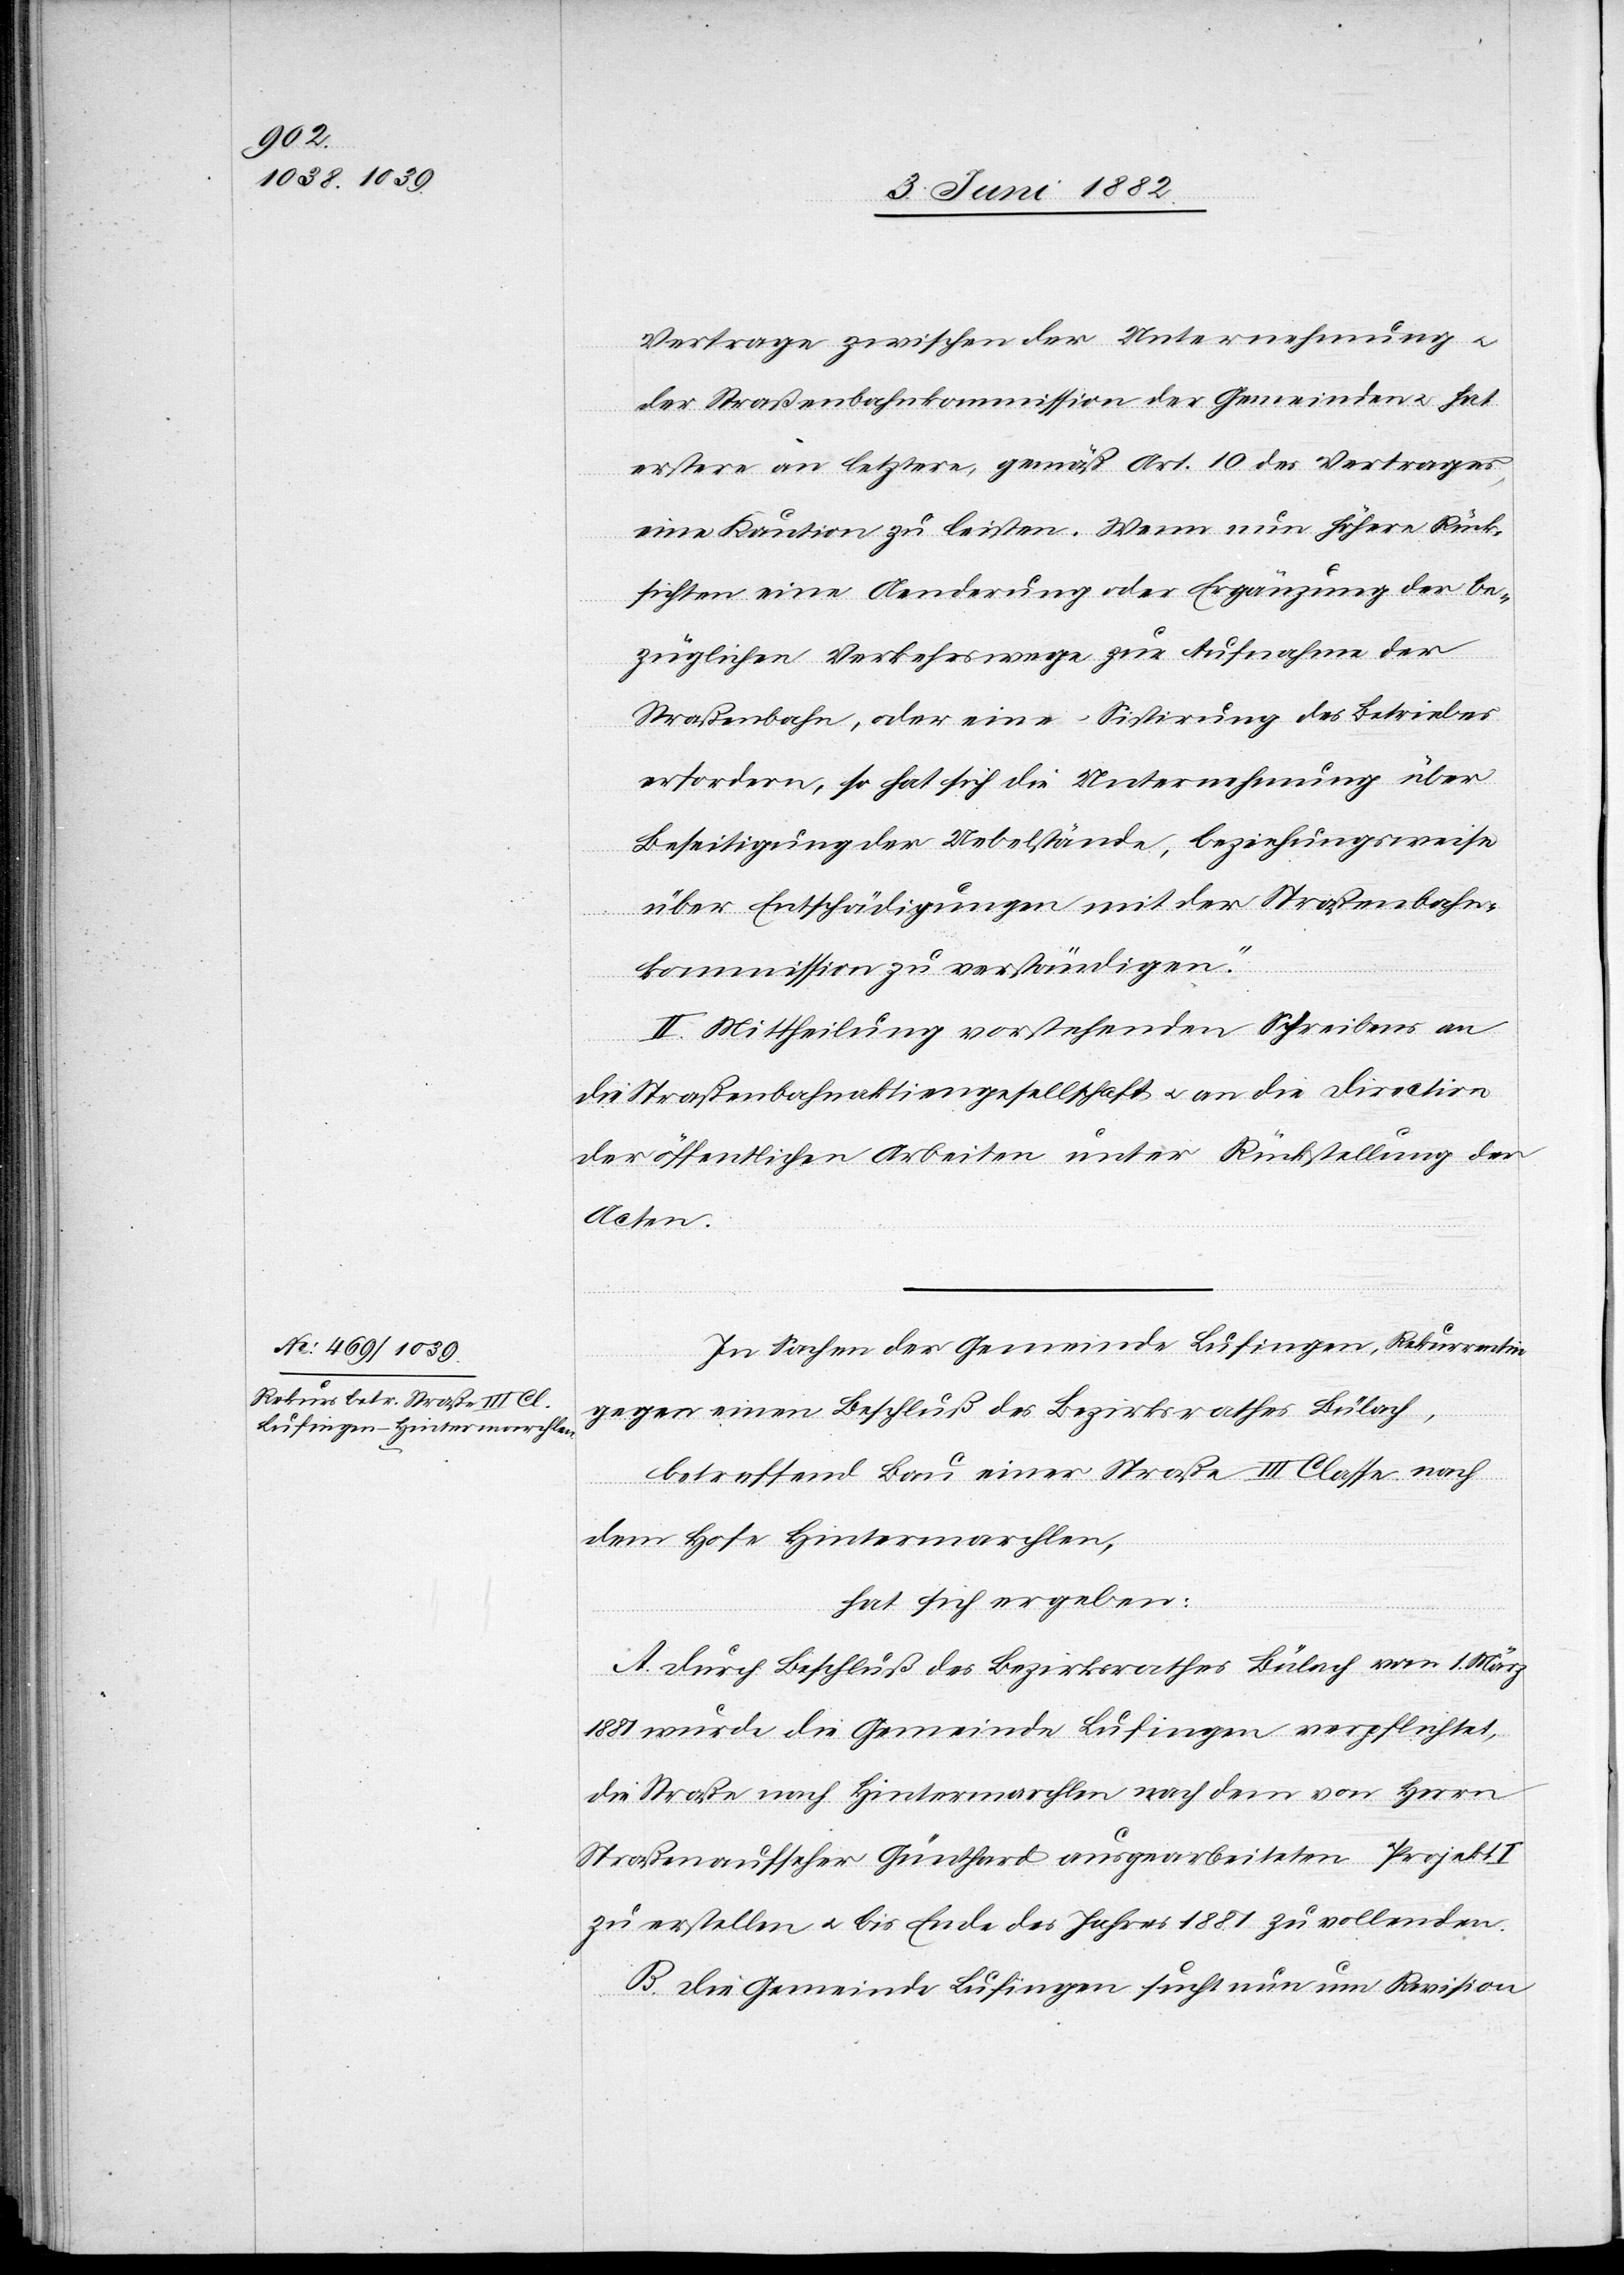
Vertrage zwischen der Unternehmung u.
der Straßenbahnkommission der Gemeinden u. hat
erstere an letztere, gemäß Art. 10 des Vertrages,
eine Kaution zu leisten. Wenn nun höhere Rück¬
sichten eine Aenderung oder Ergänzung der be¬
züglichen Verkehrswege zur Aufnahme der
Straßenbahn, oder eine Sistirung des Betriebes
erfordern, so hat sich die Unternehmung über
Beseitigung der Uebelstände, beziehungsweise
über Entschädigungen mit der Straßenbahn¬
kommission zu verständigen.“
II. Mittheilung vorstehenden Schreibens an
die Straßenbahnaktiengesellschaft u. an die Direction
der öffentlichen Arbeiten unter Rückstellung der
Acten.
In Sachen der Gemeinde Lufingen, Rekurrentin
gegen einen Beschluß des Bezirksrathes Bülach,
betreffend Bau einer Straße III. Classe nach
dem Hofe Hintermarchlen,
hat sich ergeben:
A. Durch Beschluß des Bezirksrathes Bülach vom 1. März
1881 wurde die Gemeinde Lufingen verpflichtet,
die Straße nach Hintermarchlen nach dem von Herrn
Straßenaufseher Günthard ausgearbeiteten Projekt I
zu erstellen u. bis Ende des Jahres 1881 zu vollenden.
B. Die Gemeinde Lufingen sucht nun um Revision